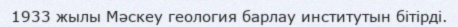
1933 жылы Мәскеу геология барлау институтын бітірді.